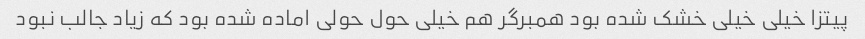
پیتزا خیلی خیلی خشک شده بود همبرگر هم خیلی حول حولی اماده شده بود که زیاد جالب نبود